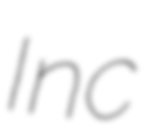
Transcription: Inc